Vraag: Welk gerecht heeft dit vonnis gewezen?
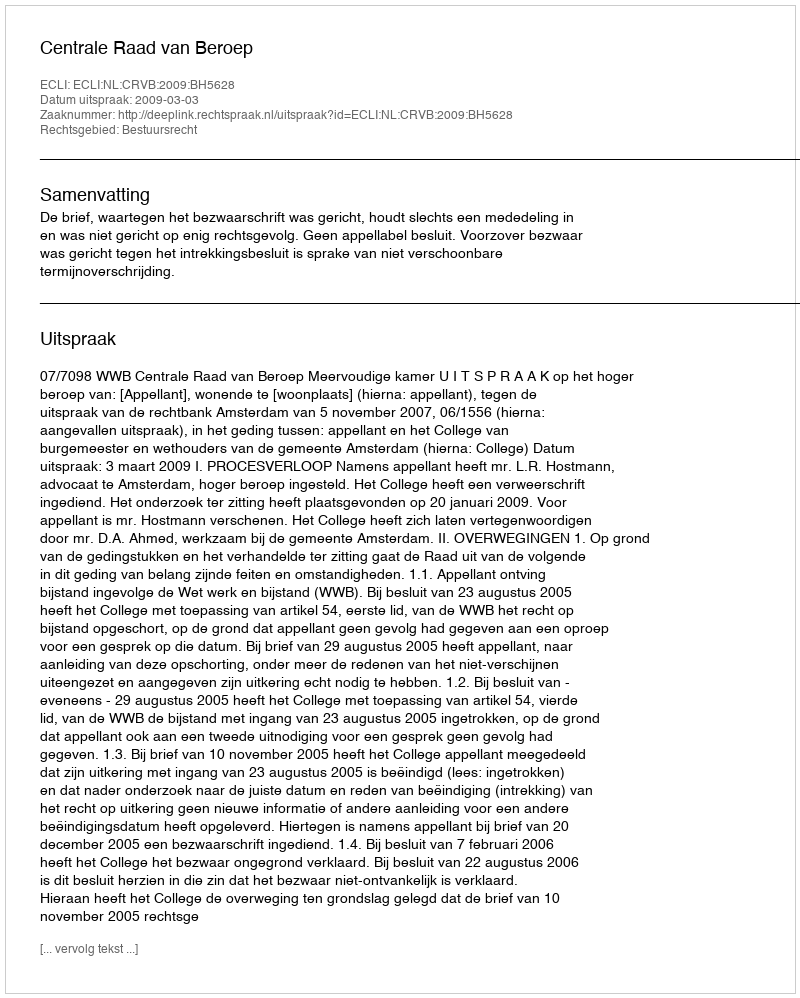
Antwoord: Centrale Raad van Beroep